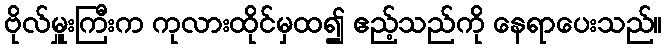
ဗိုလ်မှူးကြီးက ကုလားထိုင်မှထ၍ ဧည့်သည်ကို နေရာပေးသည်။